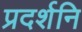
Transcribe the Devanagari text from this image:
प्रदर्शनि